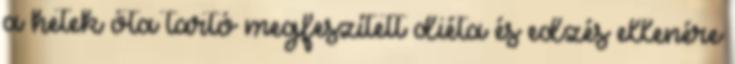
a hetek óta tartó megfeszített diéta és edzés ellenére